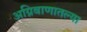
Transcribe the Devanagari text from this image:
अग्निबाणातल्या